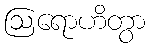
ဩရောဟိတွာ